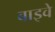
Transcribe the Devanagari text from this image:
बाइवे